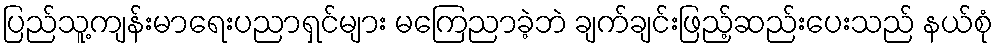
ပြည်သူ့ကျန်းမာရေးပညာရှင်များ မကြေညာခဲ့ဘဲ ချက်ချင်းဖြည့်ဆည်းပေးသည် နယ်စုံ